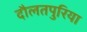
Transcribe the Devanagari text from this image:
दौलतपुरिया